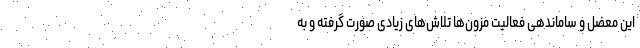
این معضل و ساماندهی فعالیت مزون‌ها تلاش‌های زیادی صورت گرفته و به